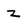
Character: Z